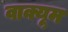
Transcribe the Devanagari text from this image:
वाक्यूम